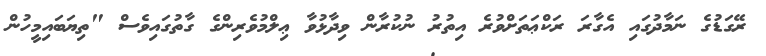
ރޭގަޑުގެ ނަމާދުގައި އެގާރަ ރަކްޢަތަށްވުރެ އިތުރު ނުކުރާން ވިދާޅުވާ ޢިލްމުވެރިންގެ ގާތުގައިވެސް "ތިޔަބައިމީހުން